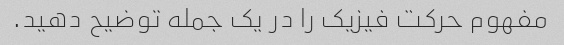
مفهوم حرکت فیزیک را در یک جمله توضیح دهید.